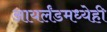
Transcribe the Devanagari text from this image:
आयर्लंडमध्येही